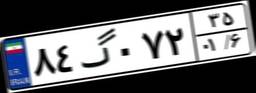
۸۴گ۰۷۲۳۵